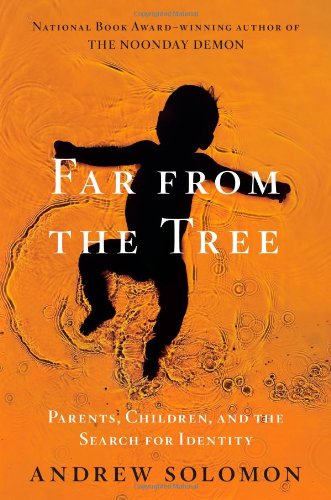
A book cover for Far From the Tree: Parents, Children and the Search for Identity; Andrew Solomon; Politics & Social Sciences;